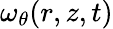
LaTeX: \omega_{\theta}(r,z,t)